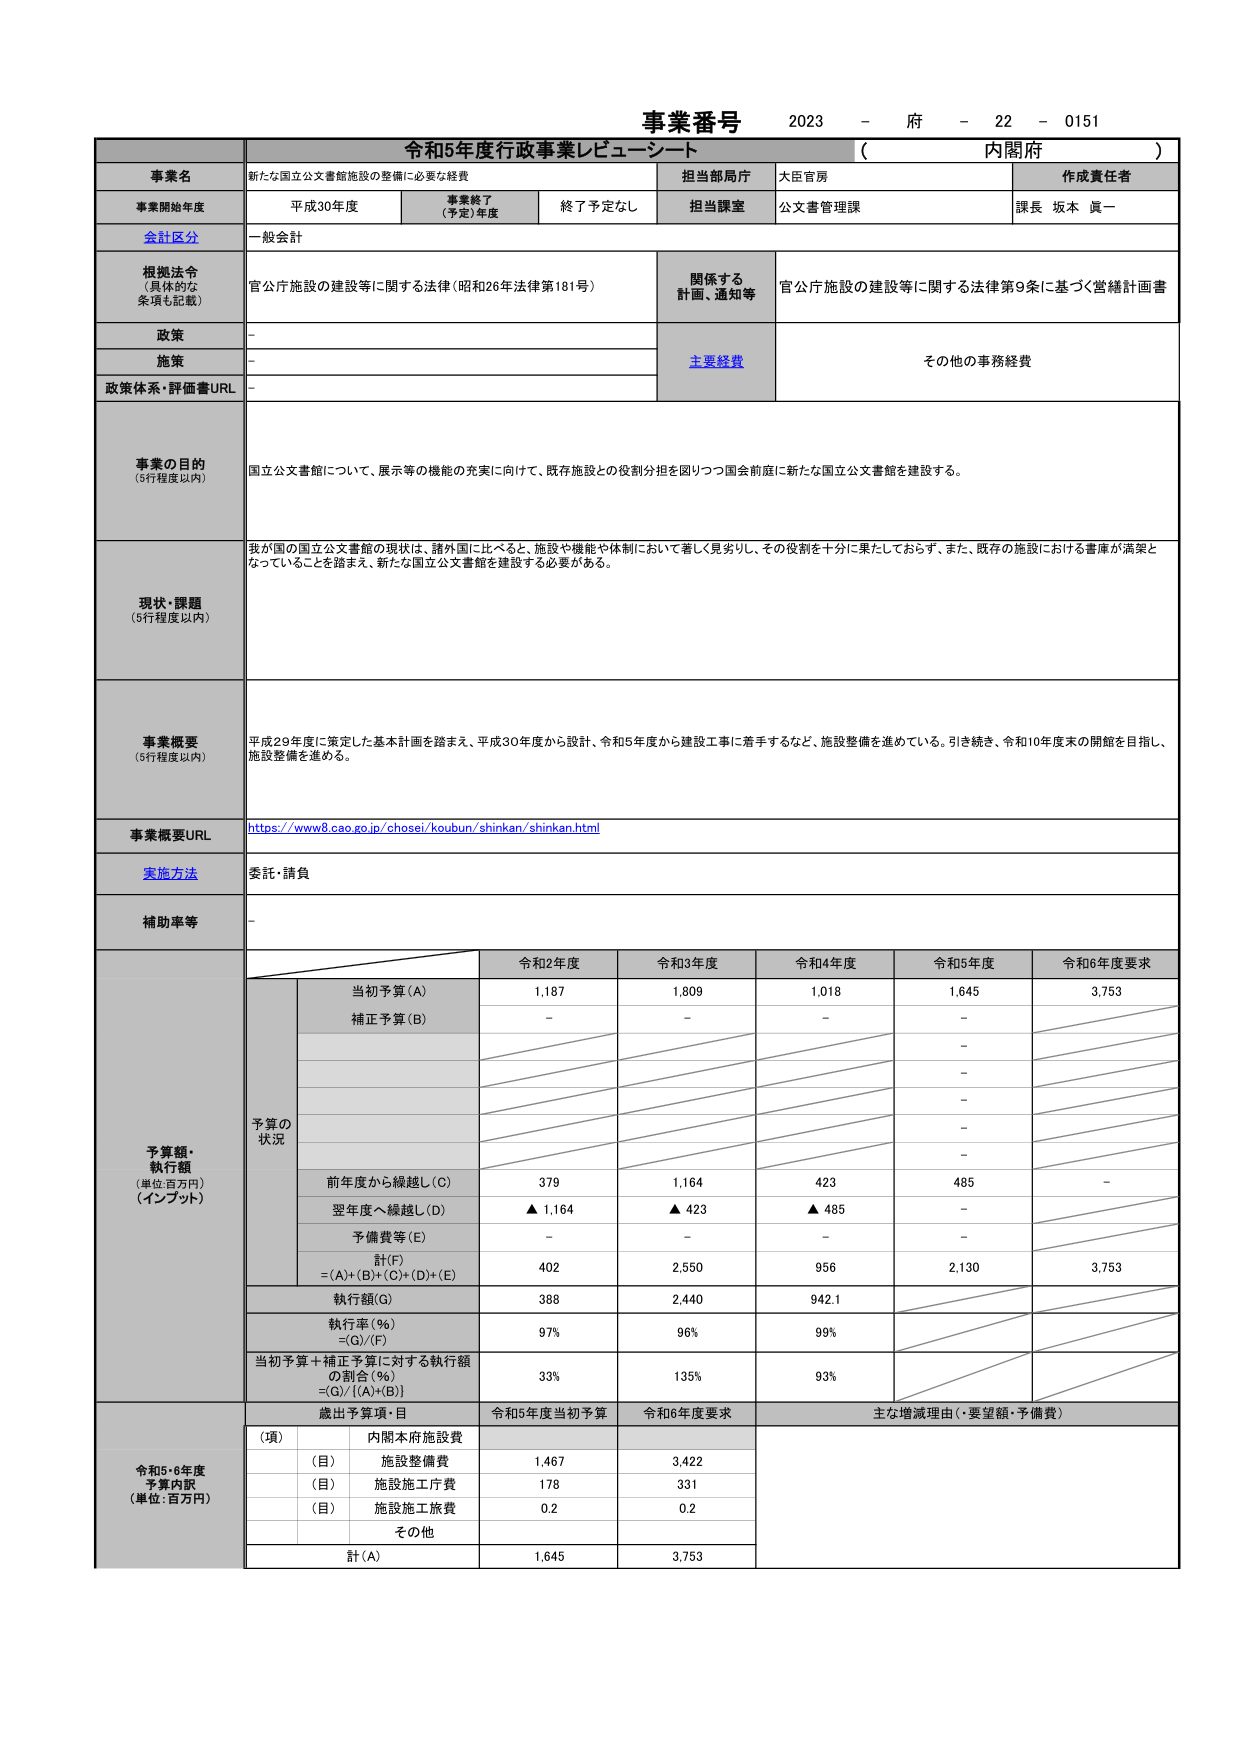
事業番号 2023 - 府 - 22 - 0151
令和5年度行政事業レビューシート （ 内閣府 ）

事業名 新たな国立公文書館施設の整備に必要な経費
担当部局庁 大臣官房
作成責任者

事業開始年度 平成30年度
事業終了（予定）年度 終了予定なし
担当課室 公文書管理課
課長 坂本 眞一

会計区分 一般会計

根拠法令（具体的な条項も記載） 官公庁施設の建設等に関する法律（昭和26年法律第181号）
関係する計画、通知等 官公庁施設の建設等に関する法律第9条に基づく営繕計画書

政策 -
施策 -
主要経費 その他の事務経費
政策体系・評価書URL -

事業の目的（5行程度以内） 国立公文書館について、展示等の機能の充実に向けて、既存施設との役割分担を図りつつ国会前庭に新たな国立公文書館を建設する。

現状・課題（5行程度以内） 我が国の国立公文書館の現状は、諸外国に比べると、施設や機能や体制において著しく見劣りし、その役割を十分に果たしておらず、また、既存の施設における書庫が満架となっていることを踏まえ、新たな国立公文書館を建設する必要がある。

事業概要（5行程度以内） 平成29年度に策定した基本計画を踏まえ、平成30年度から設計、令和5年度から建設工事に着手するなど、施設整備を進めている。引き続き、令和10年度末の開館を目指し、施設整備を進める。

事業概要URL https://www8.cao.go.jp/chosei/koubun/shinkan/shinkan.html

実施方法 委託・請負

補助率等 -

予算額・執行額（単位:百万円）（インプット）
予算の状況
令和2年度 令和3年度 令和4年度 令和5年度 令和6年度要求
当初予算(A) 1,187 1,809 1,018 1,645 3,753
補正予算(B) - - - - -
前年度から繰越し(C) 379 1,164 423 485 -
翌年度へ繰越し(D) ▲ 1,164 ▲ 423 ▲ 485 -
予備費等(E) - - - - -
計(F) =(A)+(B)+(C)+(D)+(E) 402 2,550 956 2,130 3,753
執行額(G) 388 2,440 942.1
執行率(%) =(G)/(F) 97% 96% 99%
当初予算＋補正予算に対する執行額の割合(%) =(G)/[(A)+(B)] 33% 135% 93%

歳出予算項・目 令和5年度当初予算 令和6年度要求 主な増減理由（・要望額・予備費）
令和5・6年度予算内訳（単位:百万円）
（項） 内閣本府施設費
（目） 施設整備費 1,467 3,422
（目） 施設施工庁費 178 331
（目） 施設施工旅費 0.2 0.2
その他
計(A) 1,645 3,753